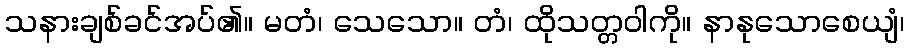
သနားချစ်ခင်အပ်၏။ မတံ၊ သေသော။ တံ၊ ထိုသတ္တဝါကို။ နာနုသောစေယျံ၊